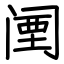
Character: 𬮱